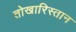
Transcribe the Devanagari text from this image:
तोखारिस्तान